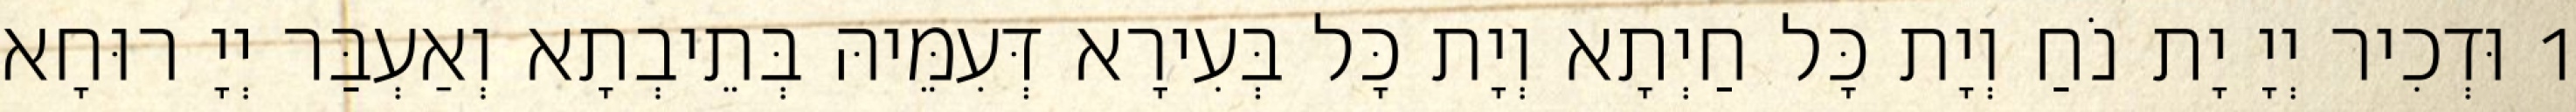
1 וּדְכִיר יְיָ יָת נֹחַ וְיָת כָּל חַיְתָא וְיָת כָּל בְּעִירָא דְּעִמֵּיהּ בְּתֵיבְתָא וְאַעְבַּר יְיָ רוּחָא